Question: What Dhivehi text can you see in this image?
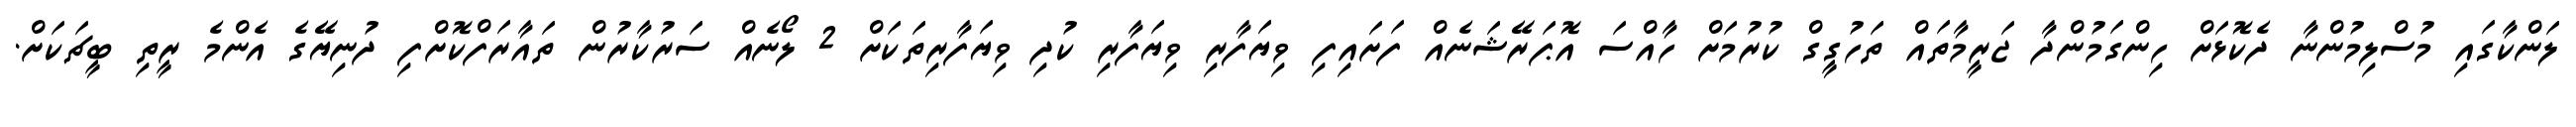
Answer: ލަންކާގައި މުސްލިމުންނާ ދެކޮޅަށް ހިންގަމުންދާ ޖަރީމާތައް ތަހުގީގް ކުރުމަށް ހާއްސަ އޮޕަރޭޝަނެއް ފަށައިފި ވިޔަފާރި ވިޔަފާރި ކުދި ވިޔަފާރިތަކަށް 2 ލޯނެއް ސަރުކާރުން ތައާރަފްކޮށްފި ދުނިޔޭގެ އެންމެ ރީތި ބީޗަކަށް.